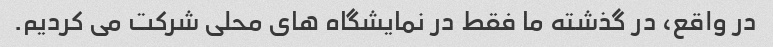
در واقع، در گذشته ما فقط در نمایشگاه های محلی شرکت می کردیم.